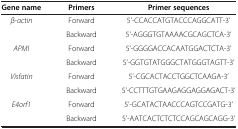
<table><thead><tr><td><b>Gene name</b></td><td><b>Primers</b></td><td><b>Primer sequences</b></td></tr></thead><tbody><tr><td rowspan="2"><i>β</i>-<i>actin</i></td><td>Forward</td><td>5’-CCACCATGTACCCAGGCATT-3’</td></tr><tr><td>Backward</td><td>5’-AGGGTGTAAAACGCAGCTCA-3’</td></tr><tr><td rowspan="2"><i>APMI</i></td><td>Forward</td><td>5’-GGGGACCACAATGGACTCTA-3’</td></tr><tr><td>Backward</td><td>5’-GGTGTATGGGCTATGGGTAGTT-3’</td></tr><tr><td rowspan="2"><i>Visfatin</i></td><td>Forward</td><td>5’-CGCACTACCTGGCTCAAGA-3’</td></tr><tr><td>Backward</td><td>5’-CCTTTGTGAAGAGGAGGAGACT-3’</td></tr><tr><td rowspan="2"><i>E4orf1</i></td><td>Forward</td><td>5’-GCATACTAACCCAGTCCGATG-3’</td></tr><tr><td>Backward</td><td>5’-AATCACTCTCTCCAGCAGCAGG-3’</td></tr></tbody></table>